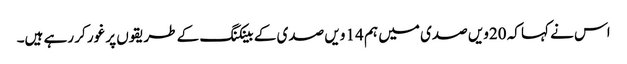
اس نے کہا کہ 20ویں صدی میں ہم 14 ویں صدی کے بینکنگ کے طریقوں پر غور کر رہے ہیں۔